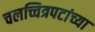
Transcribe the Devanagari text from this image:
चलच्चित्रपटांच्या